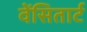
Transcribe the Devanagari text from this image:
वेंसितार्ट